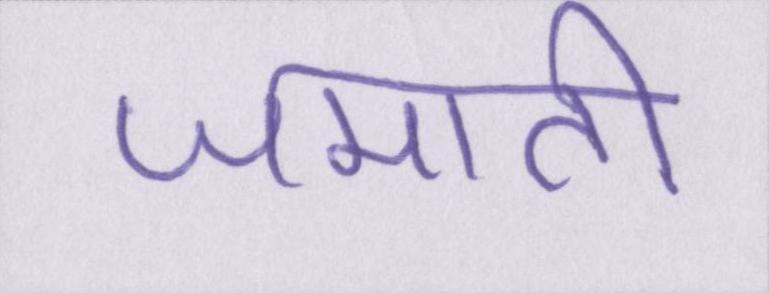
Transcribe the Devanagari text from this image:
जमाती